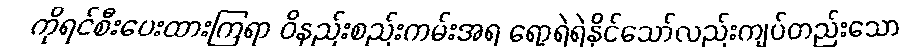
ကိုရင်စီးပေးထားကြရာ ဝိနည်းစည်းကမ်းအရ ရော့ရဲရဲနိုင်သော်လည်းကျပ်တည်းသော